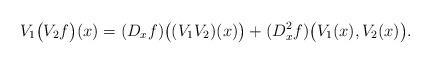
LaTeX: \begin{align*}V_1\big(V_2f\big)(x) = (D_xf)\big((V_1V_2)(x)\big) + (D_x^2f)\big(V_1(x),V_2(x)\big).\end{align*}